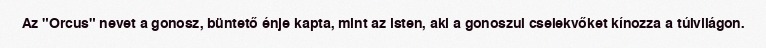
Az "Orcus" nevet a gonosz, büntető énje kapta, mint az isten, aki a gonoszul cselekvőket kínozza a túlvilágon.